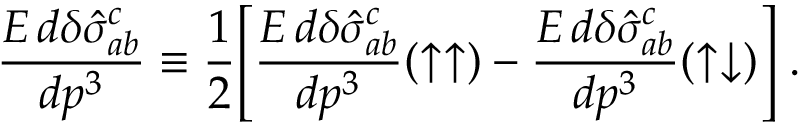
\frac { E \, d \delta \hat { \sigma } _ { a b } ^ { c } } { d p ^ { 3 } } \equiv \frac { 1 } { 2 } \Bigg [ \frac { E \, d \delta \hat { \sigma } _ { a b } ^ { c } } { d p ^ { 3 } } ( \uparrow \uparrow ) - \frac { E \, d \delta \hat { \sigma } _ { a b } ^ { c } } { d p ^ { 3 } } ( \uparrow \downarrow ) \Bigg ] \; .